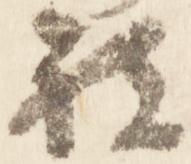
被